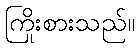
ကြိုးစားသည်။